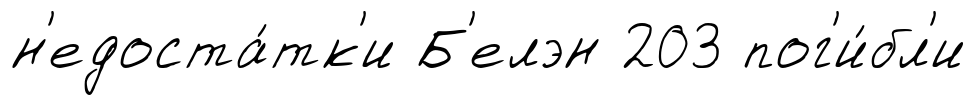
н'едоста́тк'и Б'елэн 203 пог'и́бл'и